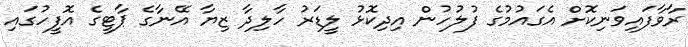
ރާވާފައިވަނިކޮށް އެގައުމުގެ ފުލުހުން އިދިކޮޅު ލީޑަރު ހާލިދާ ޒިޔާ އޭނާގެ ޕާޓީގެ އޮފީހުގައި